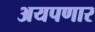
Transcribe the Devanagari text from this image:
अयपणार